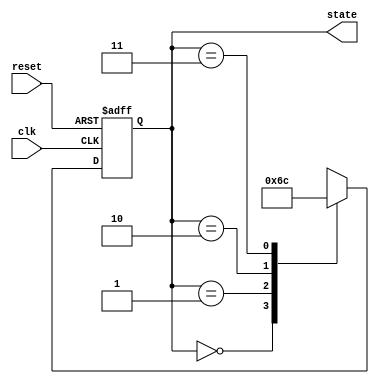
module PreConfiguredStateInitialization (
    input wire clk,          // Clock signal
    input wire reset,        // Reset signal (active high)
    output reg [1:0] state   // State output (2-bit for example)
);

// State encoding
localparam S0 = 2'b00;     // Initial state
localparam S1 = 2'b01;     // State 1
localparam S2 = 2'b10;     // State 2
localparam S3 = 2'b11;     // State 3

// State transition logic
always @(posedge clk or posedge reset) begin
    if (reset) begin
        // Initialize state to S0 on reset
        state <= S0;
    end else begin
        // State transition logic (example)
        case (state)
            S0: state <= S1; // Transition from S0 to S1
            S1: state <= S2; // Transition from S1 to S2
            S2: state <= S3; // Transition from S2 to S3
            S3: state <= S0; // Transition from S3 back to S0
            default: state <= S0; // Default case to avoid latches
        endcase
    end
end

endmodule